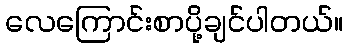
လေကြောင်းစာပို့ချင်ပါတယ်။